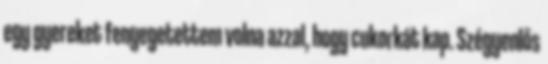
egy gyereket fenyegetettem volna azzal, hogy cukorkát kap. Szégyenlős